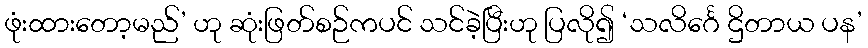
ဖုံးထားတော့မည်’ ဟု ဆုံးဖြတ်စဉ်ကပင် သင်ခဲ့ပြီးဟု ပြလို၍ ‘သလိင်္ဂေ ဌိတာယ ပန’